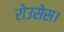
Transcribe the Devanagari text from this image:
रोउसेस।